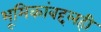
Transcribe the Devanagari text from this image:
भूमिकांबद्दलही